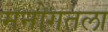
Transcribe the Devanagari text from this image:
मनोगतला